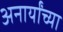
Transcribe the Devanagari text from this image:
अनार्यांच्या